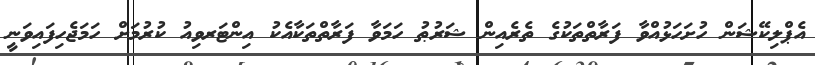
އެޕްލިކޭޝަން ހުށަހަޅުއްވާ ފަރާތްތަކުގެ ތެރެއިން ޝަރުޠު ހަމަވާ ފަރާތްތަކާއެކު އިންޓަރވިއު ކުރުމަށް ހަމަޖެހިފައިވަނީ